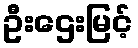
ဦးဌေးမြင့်